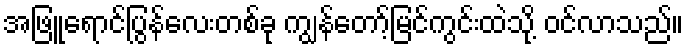
အဖြူရောင်ပြွန်လေးတစ်ခု ကျွန်တော့်မြင်ကွင်းထဲသို့ ဝင်လာသည်။